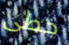
خطى